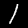
Digit: 1